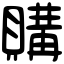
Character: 購